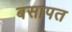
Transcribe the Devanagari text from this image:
बसापत